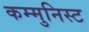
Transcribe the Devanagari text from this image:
कम्मुनिस्ट